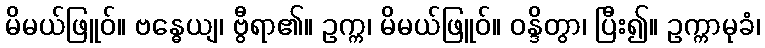
မိမယ်ဖြူဝ်။ ဗန္ဓေယျ၊ ဗွီရာ၏။ ဥက္က၊ မိမယ်ဖြူဝ်။ ဝန္ဒိတွာ၊ ပြီး၍။ ဥက္ကာမုခံ၊